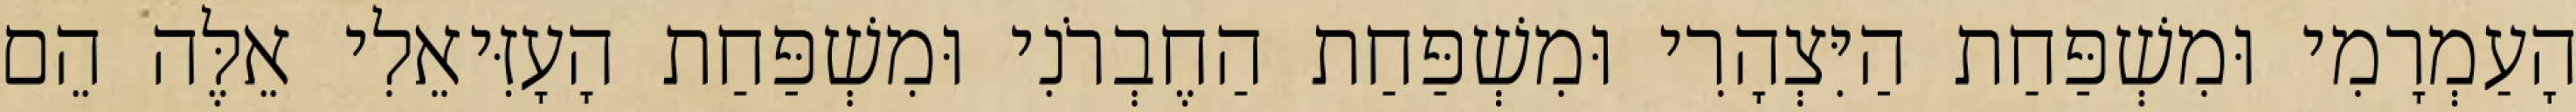
הָעַמְרָמִי וּמִשְׁפַּחַת הַיִּצְהָרִי וּמִשְׁפַּחַת הַחֶבְרֹנִי וּמִשְׁפַּחַת הָעָזִּיאֵלִי אֵלֶּה הֵם